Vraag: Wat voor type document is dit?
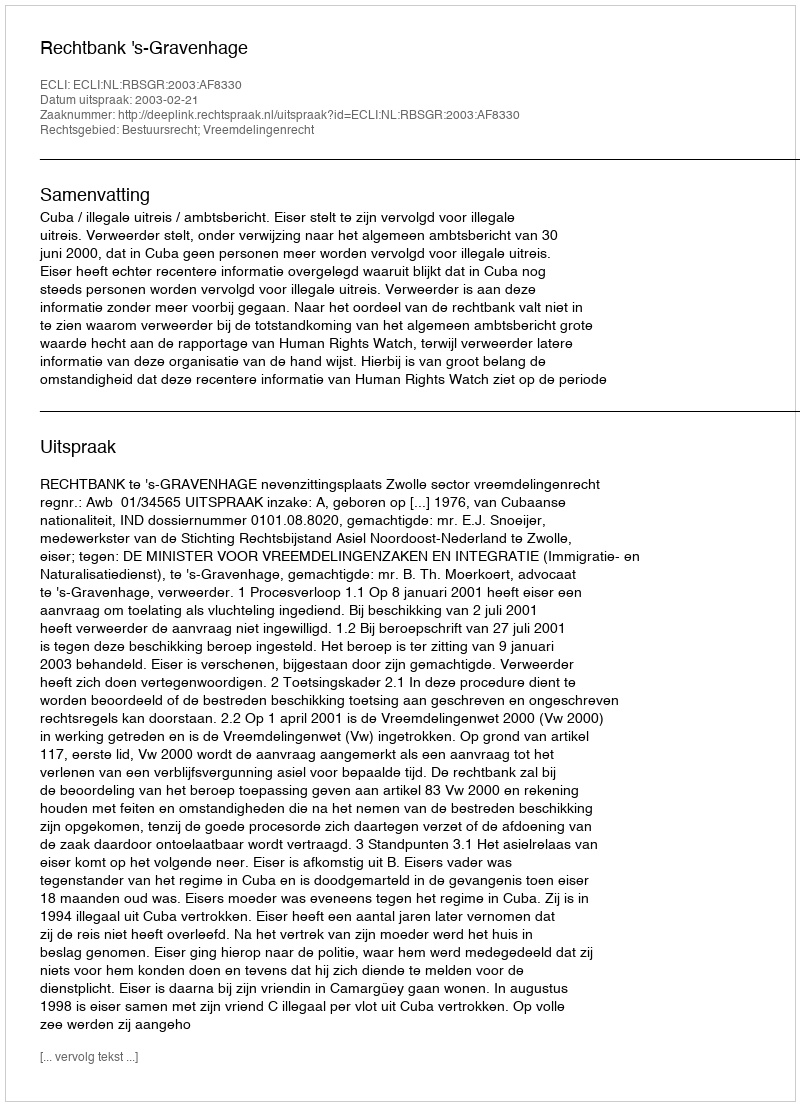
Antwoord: Uitspraak